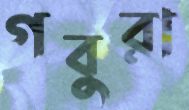
গবুরা